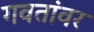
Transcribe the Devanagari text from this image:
गवतांवर